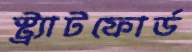
স্ট্র্যাটফোর্ড